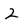
Character: 2